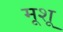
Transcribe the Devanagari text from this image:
मूशू